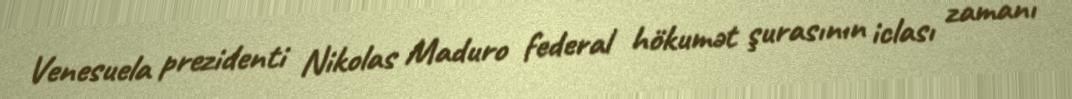
Venesuela prezidenti Nikolas Maduro federal hökumət şurasının iclası zamanı